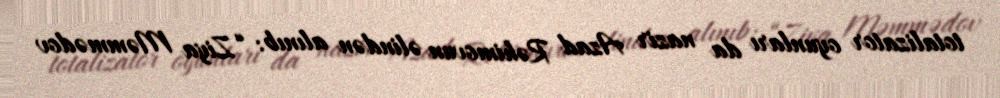
totalizator oyunları da nazir Azad Rəhimovun əlindən alınıb: “Ziya Məmmədov